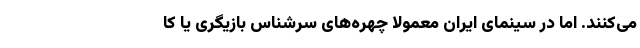
می‌کنند. اما در سینمای ایران معمولا چهره‌های سرشناس بازیگری یا کا